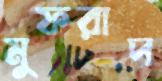
মুফরাদ